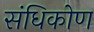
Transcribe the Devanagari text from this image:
संधिकोण